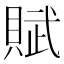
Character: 賦